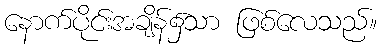
နောက်ပိုင်းအချိန်၌သာ ဖြစ်လေသည်။